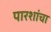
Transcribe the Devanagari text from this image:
पारशांचा